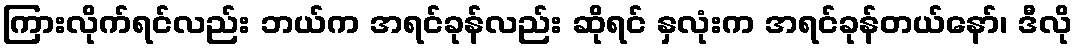
ကြားလိုက်ရင်လည်း ဘယ်က အရင်ခုန်လည်း ဆိုရင် နှလုံးက အရင်ခုန်တယ်နော်၊ ဒီလို